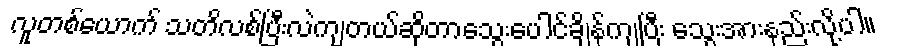
လူတစ်ယောက် သတိလစ်ပြီးလဲကျတယ်ဆိုတာသွေးပေါင်ချိန်ကျပြီး သွေးအားနည်းလို့ပါ။